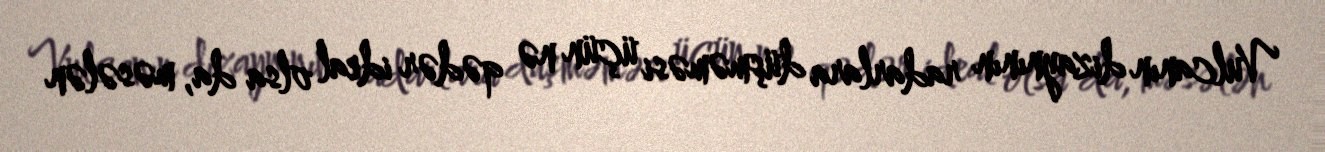
Vulcanın dizaynının radarlara düşməməsi üçün nə qədər ideal olsa da, məsələn